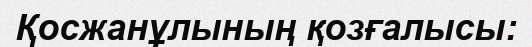
Қосжанұлының қозғалысы: